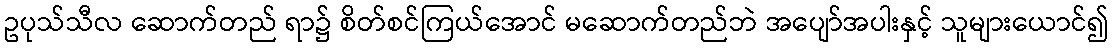
ဥပုသ်သီလ ဆောက်တည် ရာ၌ စိတ်စင်ကြယ်အောင် မဆောက်တည်ဘဲ အပျော်အပါးနှင့် သူများယောင်၍